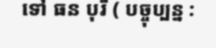
ទៅ ធន បុរី ( បច្ចុប្បន្ន :